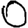
Digit: 0